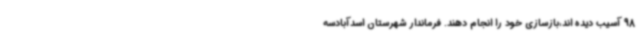
98 آسیب دیده اند،بازسازی خود را انجام دهند. فرماندار شهرستان اسدآبادسه